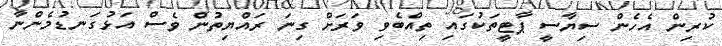
ކުރިން އެހެން ސިޔާސީ ޕާޓީތަކުގައި ތިއްބެވި ވަރަށް ގިނަ ރައްޔިތުން ވެސް އަޅުގަނޑުމެންނާ